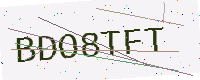
Text: BDO8TFT